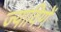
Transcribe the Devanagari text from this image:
ज्याविणें